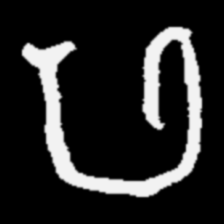
Pyu character \u2014 Myanmar letter: ဖ (romanized: pha)